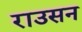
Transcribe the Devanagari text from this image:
राउसन